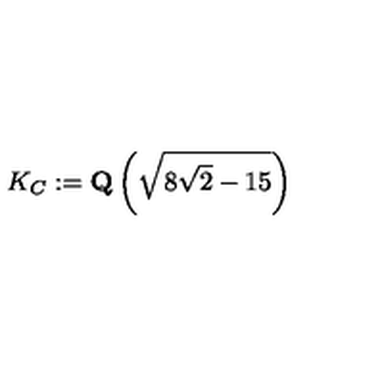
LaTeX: K _ { C } : = \mathrm { \bf Q } \left( \sqrt { 8 \sqrt { 2 } - 1 5 } \right)